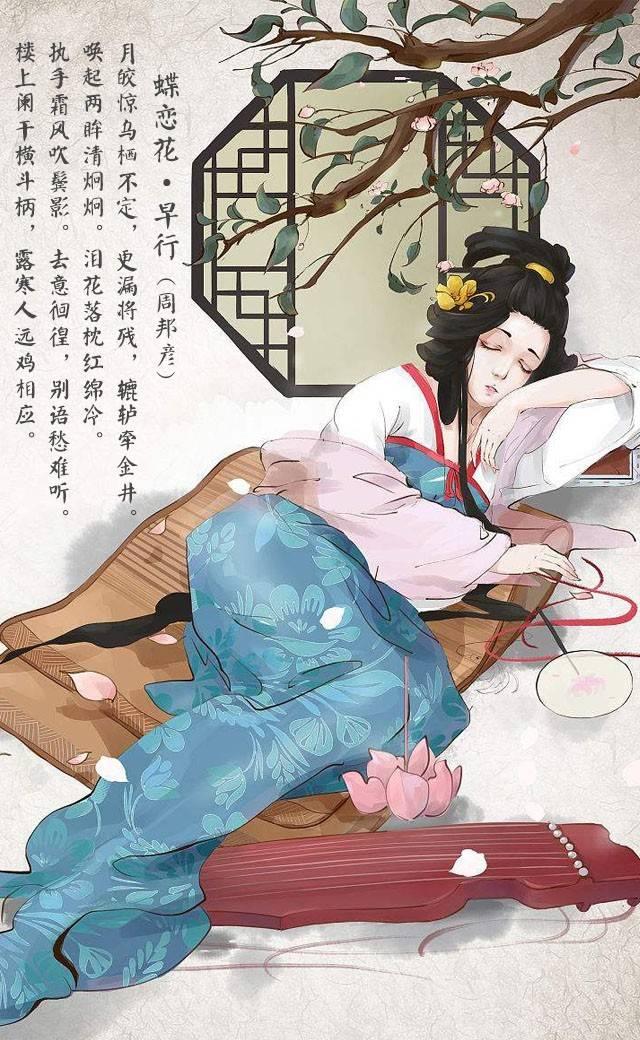
唤起两眸清炯炯。泪花落枕红棉冷。